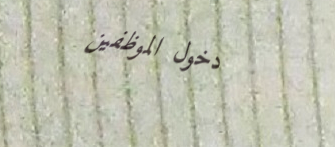
دخول الموظفين